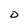
Character: D